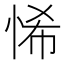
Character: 悕